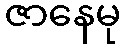
ဇာနေမု